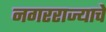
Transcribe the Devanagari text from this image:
नगरराज्याचे